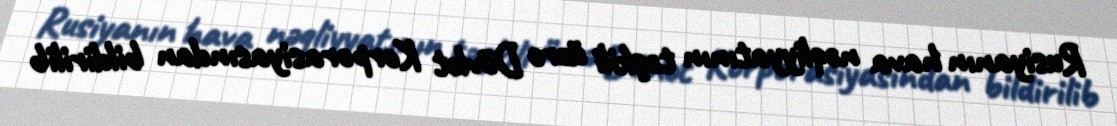
Rusiyanın hava nəqliyyatının təşkili üzrə Dövlət Korporasiyasından bildirilib